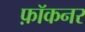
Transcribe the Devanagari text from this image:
फ़ॉकनर